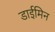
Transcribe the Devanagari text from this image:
डाईमिन